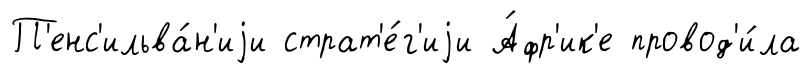
П'енс'ильва́н'иjи страт'е́г'иjи А́фр'ик'е провод'и́ла